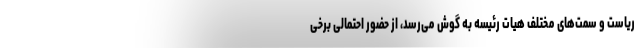
ریاست و سمت‌های مختلف هیات رئیسه به گوش می‌رسد، از حضور احتمالی برخی